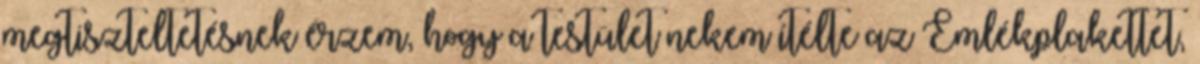
megtiszteltetésnek érzem, hogy a testület nekem ítélte az Emlékplakettet,